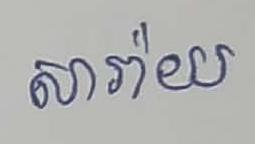
សារ៉ាយ